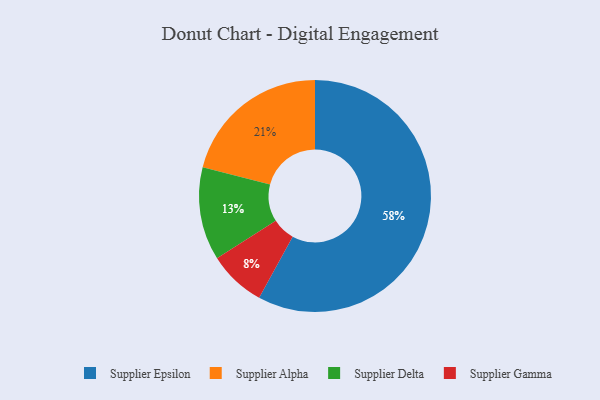
{"axis": {"x": "Category", "y": "Percentage"}, "legend": ["Supplier Alpha", "Supplier Delta", "Supplier Epsilon", "Supplier Gamma"], "data": [{"x": "Supplier Epsilon", "y": 58, "type": "Supplier Epsilon"}, {"x": "Supplier Gamma", "y": 8, "type": "Supplier Gamma"}, {"x": "Supplier Delta", "y": 13, "type": "Supplier Delta"}, {"x": "Supplier Alpha", "y": 21, "type": "Supplier Alpha"}]}